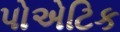
પોએટિક